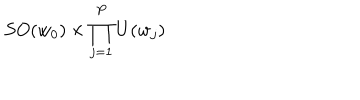
LaTeX: S O ( w _ { 0 } ) \times \prod _ { j = 1 } ^ { P } U ( w _ { j } )